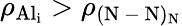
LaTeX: \rho_{\mathrm{{Al}_{i}}}>\rho_{\mathrm{(N\mathrm{~-~}N)_{N}}}